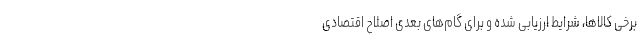
برخی کالاها، شرایط ارزیابی شده و برای گام‌های بعدی اصلاح اقتصادی